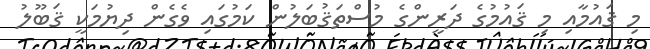
މި ޤައުމާއި މި ޤައުމުގެ ދަރީންގެ މުސްތަޤުބަލުން ކަމުގައި ވެގެން ދިޔުމަކީ ޤަބޫލު